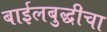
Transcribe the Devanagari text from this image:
बाईलबुद्धीचा